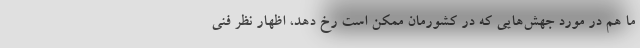
ما هم در مورد جهش‌هایی که در کشورمان ممکن است رخ دهد، اظهار نظر فنی